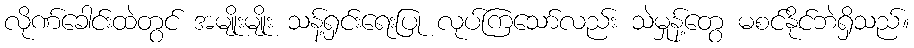
လိုဏ်ခေါင်းထဲတွင် အမျိုးမျိုး သန့်ရှင်းရေးပြု လုပ်ကြသော်လည်း သဲမှုန့်တွေ မစင်နိုင်ဘဲရှိသည်။